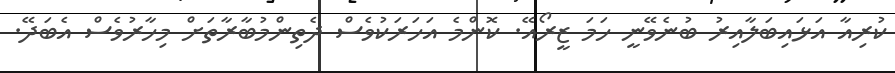
ކުރިއާ އަޅައިބަލާއިރު ބުނެވޭނީ ހަމަ ޒީރޯއޭ. ކޮންމެ އަހަރަކުވެސް ދެތިންމުބާރާތަށް މިހާރުވެސް އެބަދޭ.